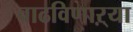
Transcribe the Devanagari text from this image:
वाढविणाऱ्या